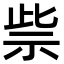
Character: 祡